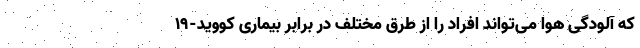
که آلودگی هوا می‌تواند افراد را از طرق مختلف در برابر بیماری کووید-۱۹